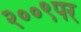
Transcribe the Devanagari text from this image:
२००९पर